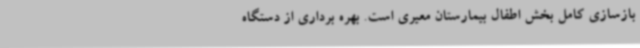
بازسازی کامل بخش اطفال بیمارستان معیری است. بهره برداری از دستگاه